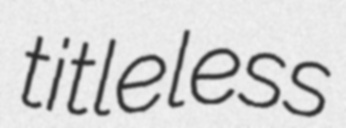
titleless